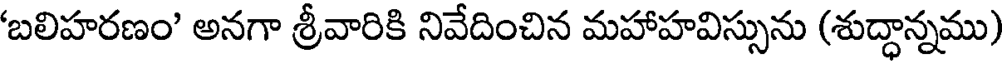
'బలిహరణం' అనగా శ్రీవారికి నివేదించిన మహాహవిస్సును (శుద్ధాన్నము)